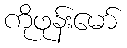
ကိုဖုန်းမော်